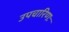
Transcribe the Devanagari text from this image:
उपचारिणः